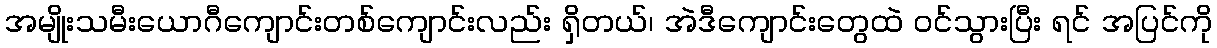
အမျိုးသမီးယောဂီကျောင်းတစ်ကျောင်းလည်း ရှိတယ်၊ အဲဒီကျောင်းတွေထဲ ဝင်သွားပြီး ရင် အပြင်ကို